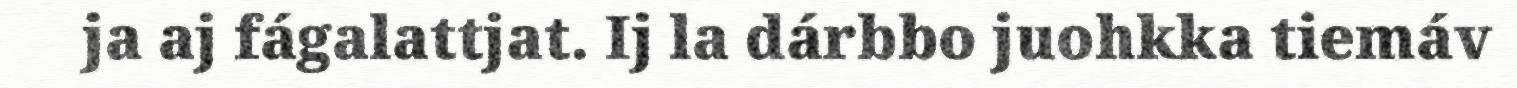
ja aj fágalattjat. Ij la dárbbo juohkka tiemáv